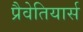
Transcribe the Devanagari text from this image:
प्रैवेतियार्स